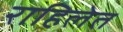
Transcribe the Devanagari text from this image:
राहिलेत